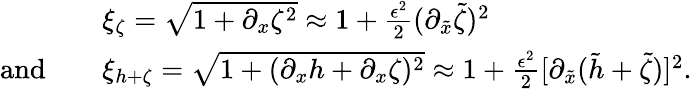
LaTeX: \begin{array}{rl}&{\xi_{\zeta}=\sqrt{1+\partial_{x}\zeta^{2}}\approx 1+\frac{\epsilon^{2}}{2}(\partial_{\tilde{x}}\tilde{\zeta})^{2}}\\ {\mathrm{and}\quad}&{\xi_{h+\zeta}=\sqrt{1+(\partial_{x}h+\partial_{x}\zeta)^{2}}\approx 1+\frac{\epsilon^{2}}{2}[\partial_{\tilde{x}}(\tilde{h}+\tilde{\zeta})]^{2}.}\end{array}